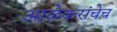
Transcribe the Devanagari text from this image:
आळेकरांचेच